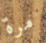
مرة